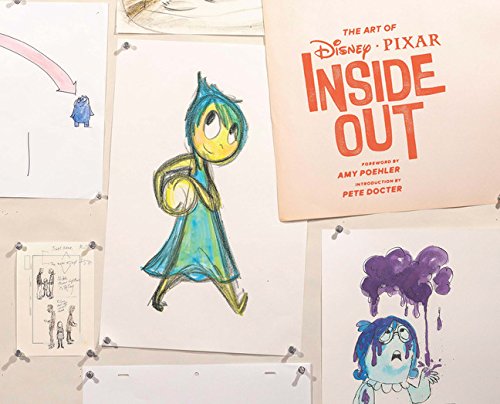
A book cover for The Art of Inside Out; Arts & Photography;